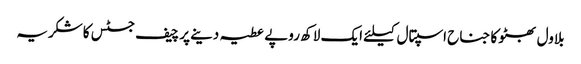
بلاول بھٹو کا جناح اسپتال کیلئے ایک لاکھ روپے عطیہ دینے پر چیف جسٹس کاشکریہ